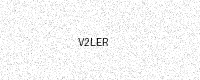
Text: V2LER